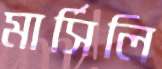
মার্সিলি